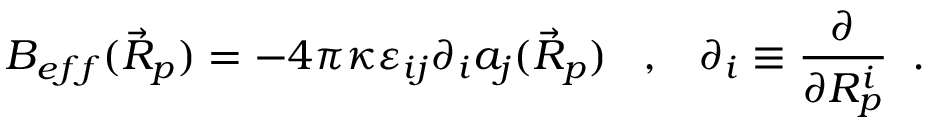
B _ { e f f } ( \vec { R } _ { p } ) = - 4 \pi \kappa \varepsilon _ { i j } \partial _ { i } a _ { j } ( \vec { R } _ { p } ) \; \; \; , \; \; \; \partial _ { i } \equiv \frac { \partial } { \partial R _ { p } ^ { i } } \; \; .